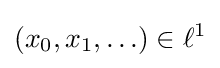
\left(x_{0},x_{1},\ldots \right)\in \ell ^{1}